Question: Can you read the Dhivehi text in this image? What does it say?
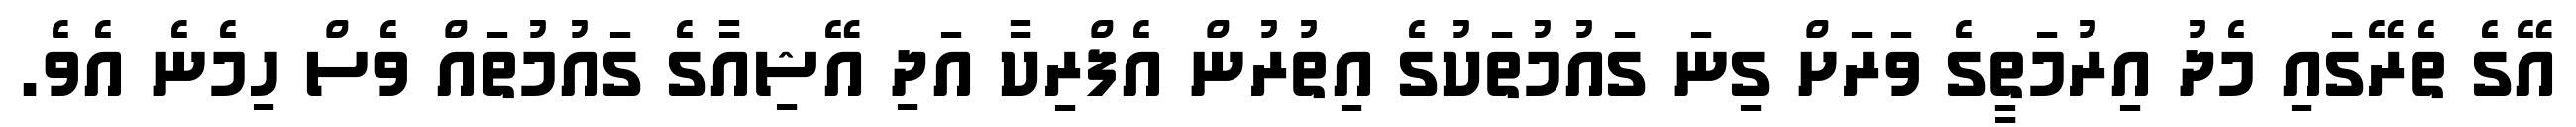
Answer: އޭގެ ތެރޭގައި މެދު އިރުމަތީގެ ވަރަށް ގިނަ ގައުމުތަކުގެ އިތުރުން އެފްރިކާ އަދި އޭޝިއާގެ ގައުމުތައް ވެސް ހިމެނެ އެވެ.